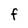
Character: F